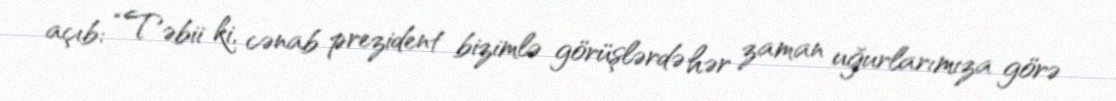
açıb: “Təbii ki, cənab prezident bizimlə görüşlərdə hər zaman uğurlarımıza görə